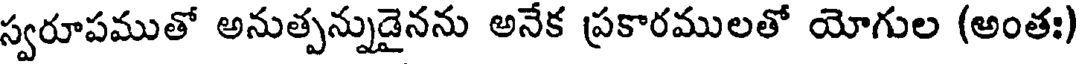
స్వరూపముతో అనుత్పన్నుడైనను అనేక ప్రకారములతో యోగుల (అంతః)